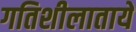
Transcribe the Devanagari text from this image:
गतिशीलातायें